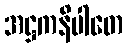
အဋ္ဌကနိပါတေ